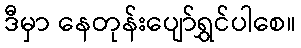
ဒီမှာ နေတုန်းပျော်ရွှင်ပါစေ။